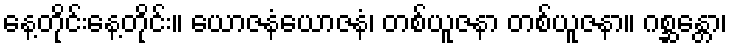
နေ့တိုင်းနေ့တိုင်း။ ယောဇနံယောဇနံ၊ တစ်ယူဇနာ တစ်ယူဇနာ။ ဂစ္ဆန္တော၊